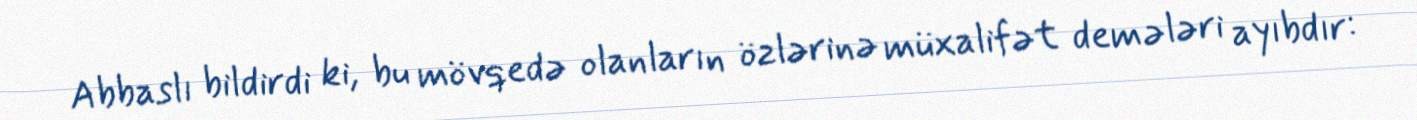
Abbaslı bildirdi ki, bu mövqedə olanların özlərinə müxalifət demələri ayıbdır: